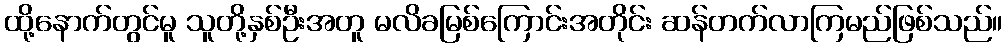
ထို့နောက်တွင်မူ သူတို့နှစ်ဦးအတူ မလိခမြစ်ကြောင်းအတိုင်း ဆန်တက်လာကြမည်ဖြစ်သည်။